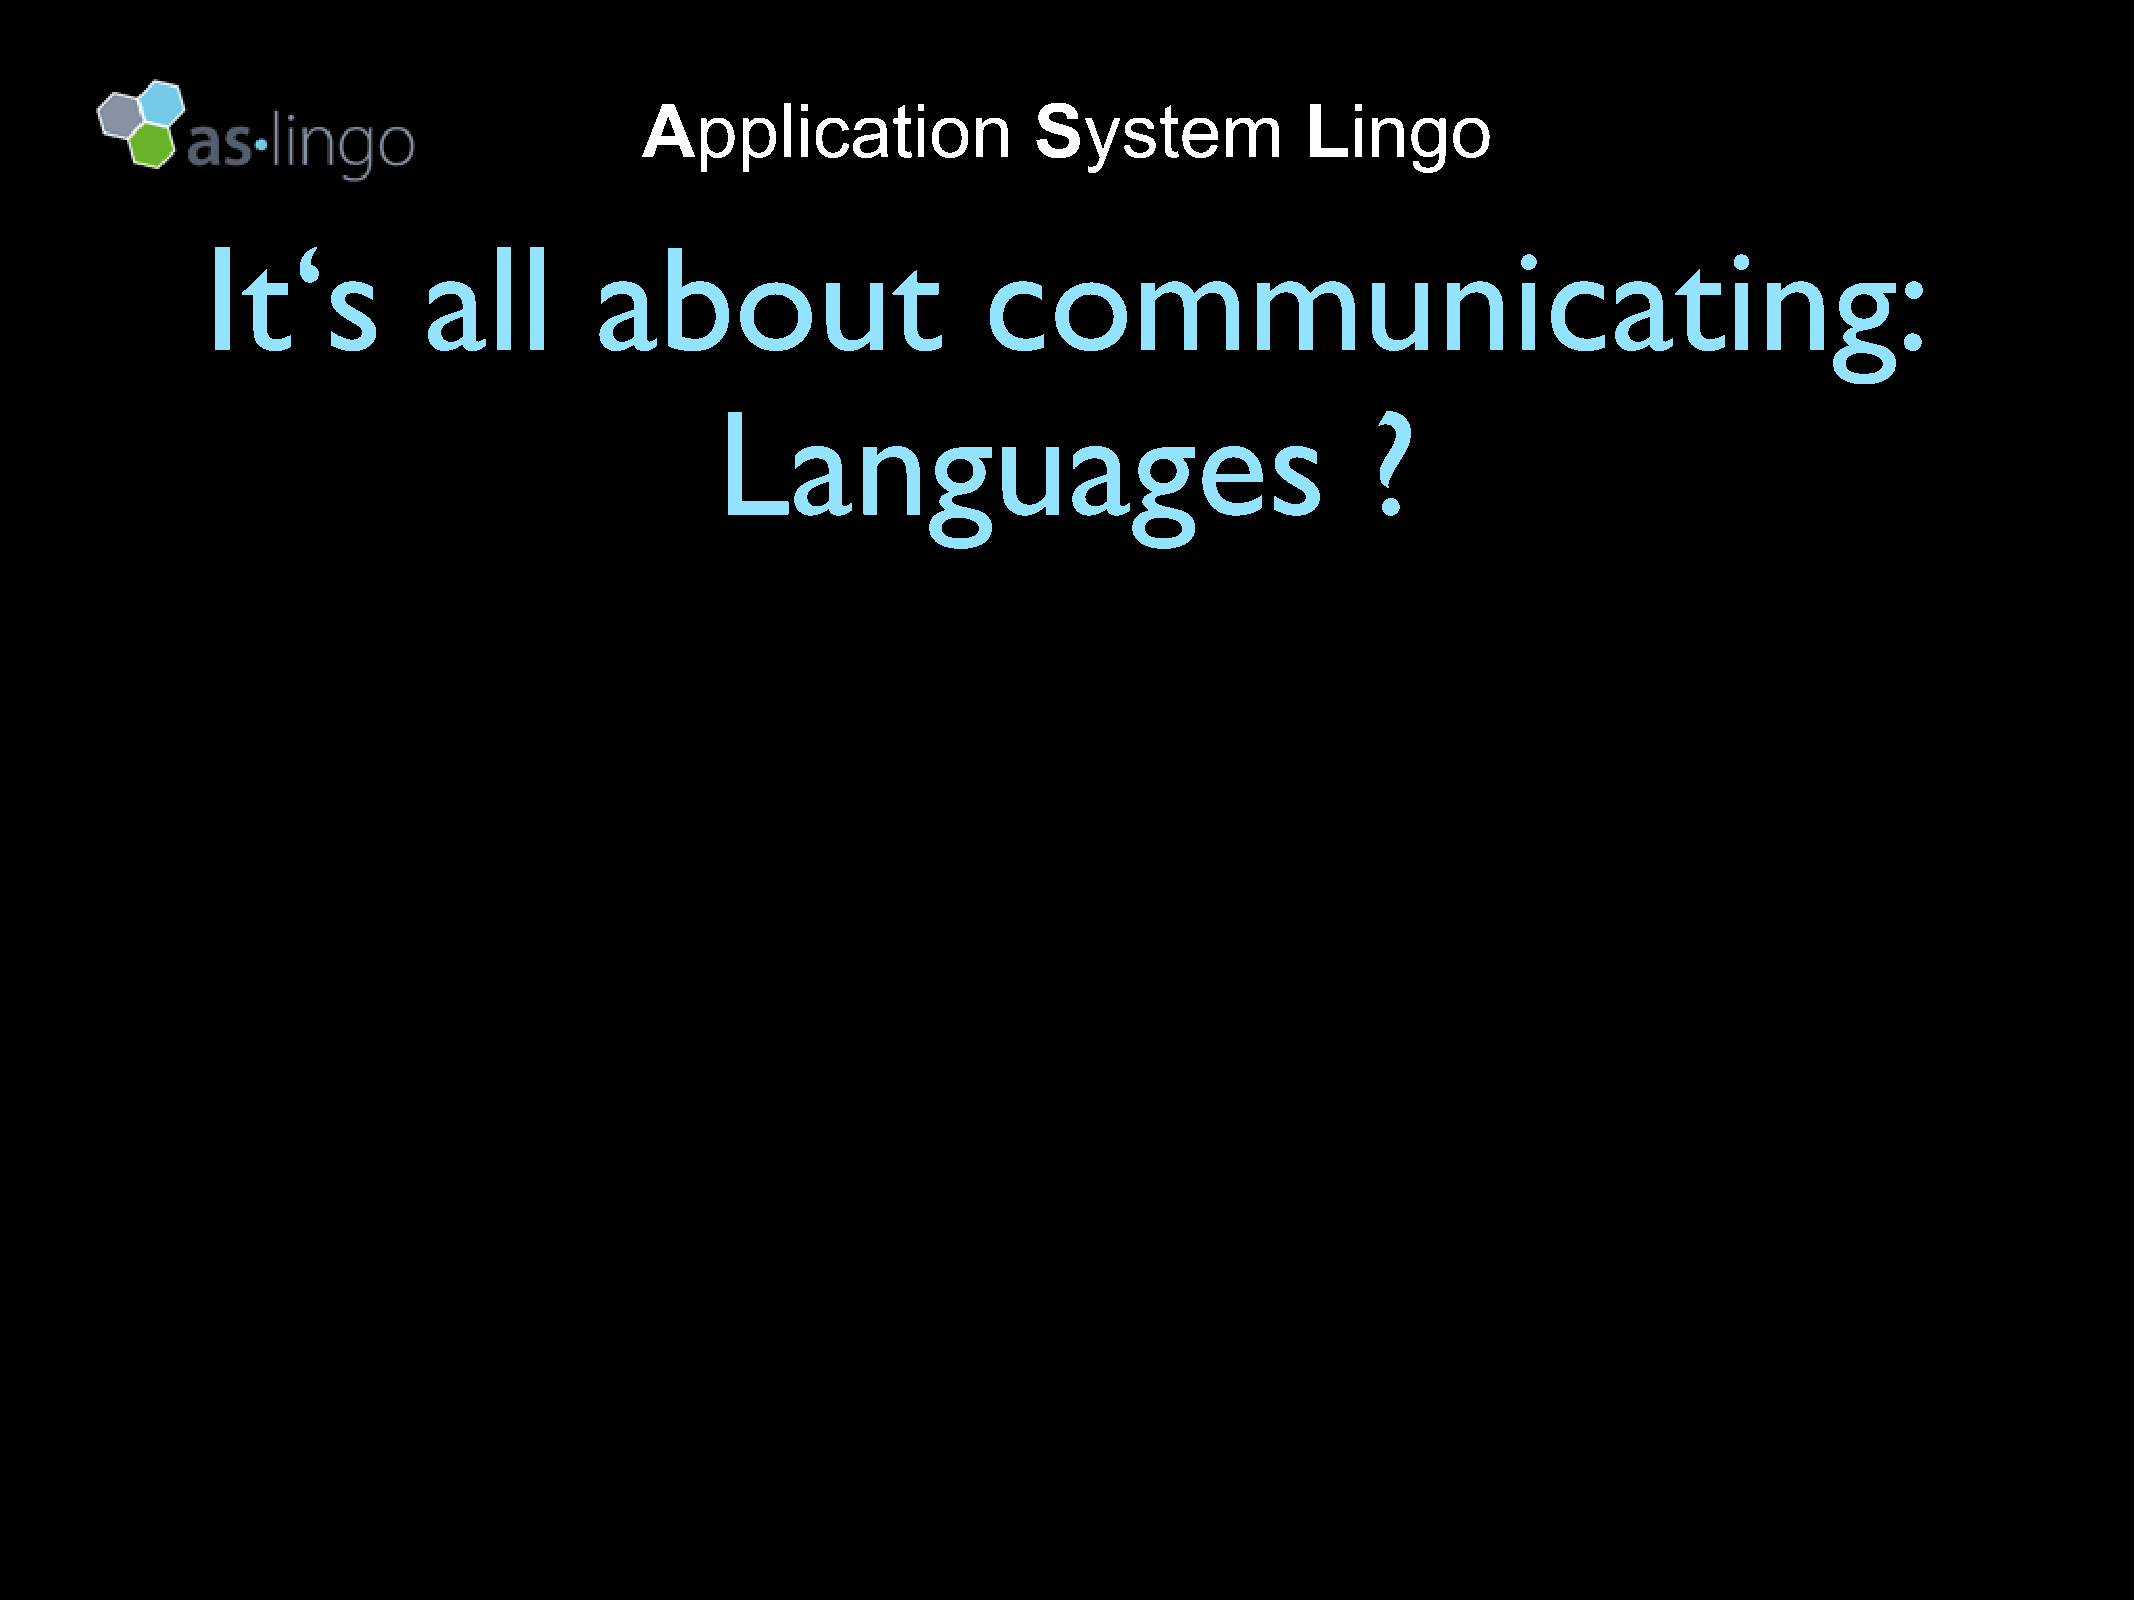
Application               System            Lingo
 It‘s          all        about                     communicating:
 Languages                                   ?